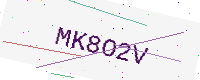
Text: MK8O2V